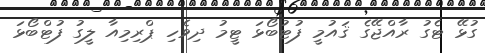
ގުޅޭ ޓެގު ރާއްޖޭގެ ޤައުމީ ފުޓުބޯޅަ ޓީމު ދިވެހި ޕްރިމިއާ ލީގު ފުޓްބޯޅަ